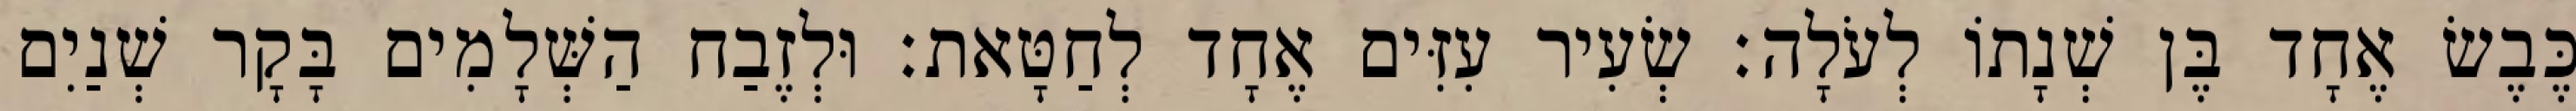
כֶּבֶשׂ אֶחָד בֶּן שְׁנָתוֹ לְעֹלָה׃ שְׂעִיר עִזִּים אֶחָד לְחַטָּאת׃ וּלְזֶבַח הַשְּׁלָמִים בָּקָר שְׁנַיִם